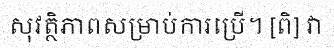
សុវត្ថិភាពសម្រាប់ការប្រើ។ [ពិ] វា